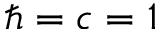
\hbar = c = 1